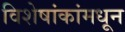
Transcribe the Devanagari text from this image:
विशेषांकांमधून